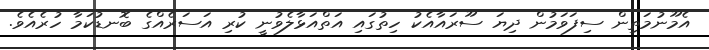
އެމޫނުމަތިން ސިފަވަމުން ދިޔަ ސޫރައާއެކު ހިތުގައި އަތްއަޅާލެވުނީ ކުރި އަސަރެއްގެ ބޮނޑުކަމާ ހުރެއެވެ.